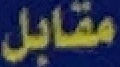
مقابل